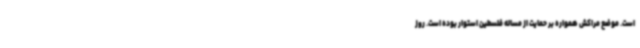
است. موضع مراکش همواره بر حمایت از مساله فلسطین استوار بوده است. روز